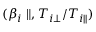
( \beta _ { i } \parallel , T _ { i \perp } / T _ { i \parallel } )